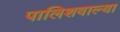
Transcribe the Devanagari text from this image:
पालिशवाल्या